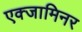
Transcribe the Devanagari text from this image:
एक्‍जामिनर